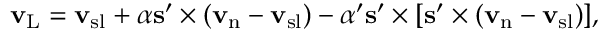
{ \bf v } _ { \mathrm { L } } = { \bf v } _ { \mathrm { s l } } + \alpha { \bf s ^ { \prime } } \times ( { \bf v } _ { \mathrm { n } } - { \bf v } _ { \mathrm { s l } } ) - \alpha ^ { \prime } { \bf s ^ { \prime } } \times [ { \bf s } ^ { \prime } \times ( { \bf v } _ { \mathrm { n } } - { \bf v } _ { \mathrm { s l } } ) ] ,